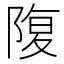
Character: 䧗